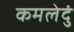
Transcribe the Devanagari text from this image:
कमलेदुं